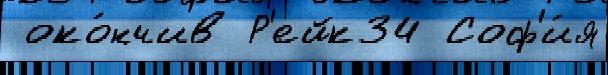
 око́нчив Р'ейк34 Соф'и́я